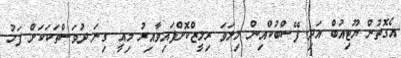
އެގޮތުން ޔޫޓިއުބް އަދި ފޭސްބުކްއިން މިލަވަ ރިލީޒްކޮށްފައިވާއިރު މިއީ ގިނަ ދުވަސްތަކަކަށް ފަހު